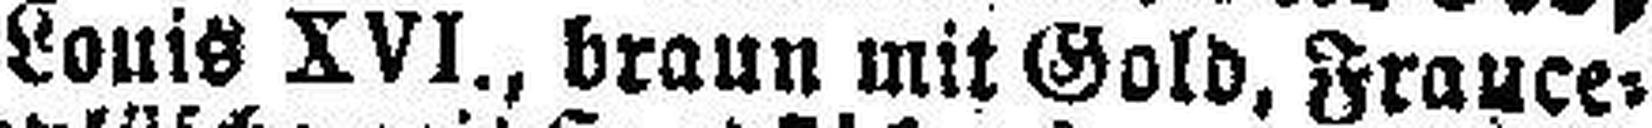
Louis XVI., braun mit Gold, France=